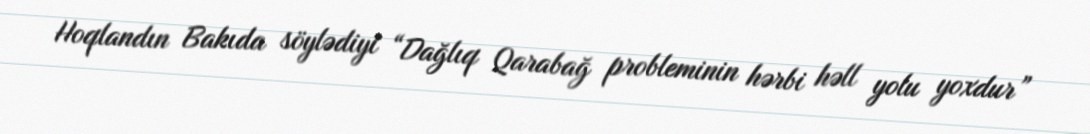
Hoqlandın Bakıda söylədiyi “Dağlıq Qarabağ probleminin hərbi həll yolu yoxdur”